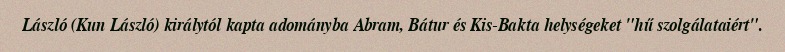
László (Kun László) királytól kapta adományba Abram, Bátur és Kis-Bakta helységeket "hű szolgálataiért".